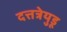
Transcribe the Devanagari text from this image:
दत्तत्रेयुडू